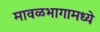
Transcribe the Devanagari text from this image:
मावळभागामध्ये